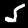
Digit: 5